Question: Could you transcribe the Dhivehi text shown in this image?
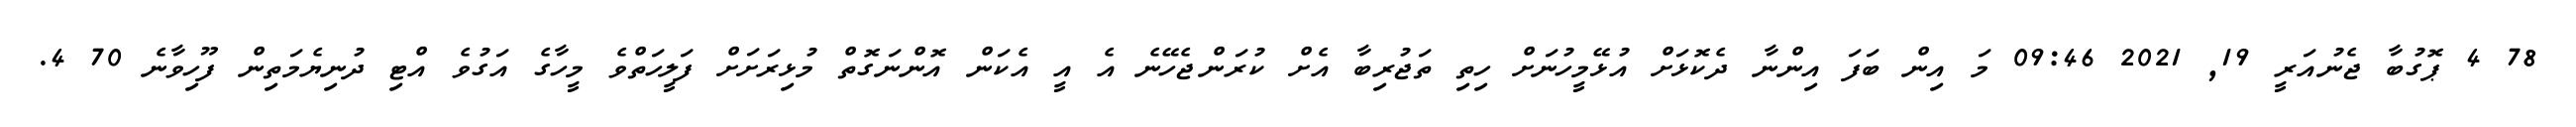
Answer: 78 4 ޕޮގުބާ ޖެނުއަރީ 19, 2021 09:46 މަ އިން ބަފަ އިންނާ ދެކޮޅަށް އުޅޭމީހުނަށް ހިތި ތަޖުރިބާ އެށް ކުރަންޖެހޭނެ އެ އީ އެކަން އޮންނަގޮތް މުޅިރަށަށް ފަލީހަތްވެ މީހާގެ އަގުވެ އްޓި ދުނިޔެމަތިން ފޫހިވާނެ 70 4.